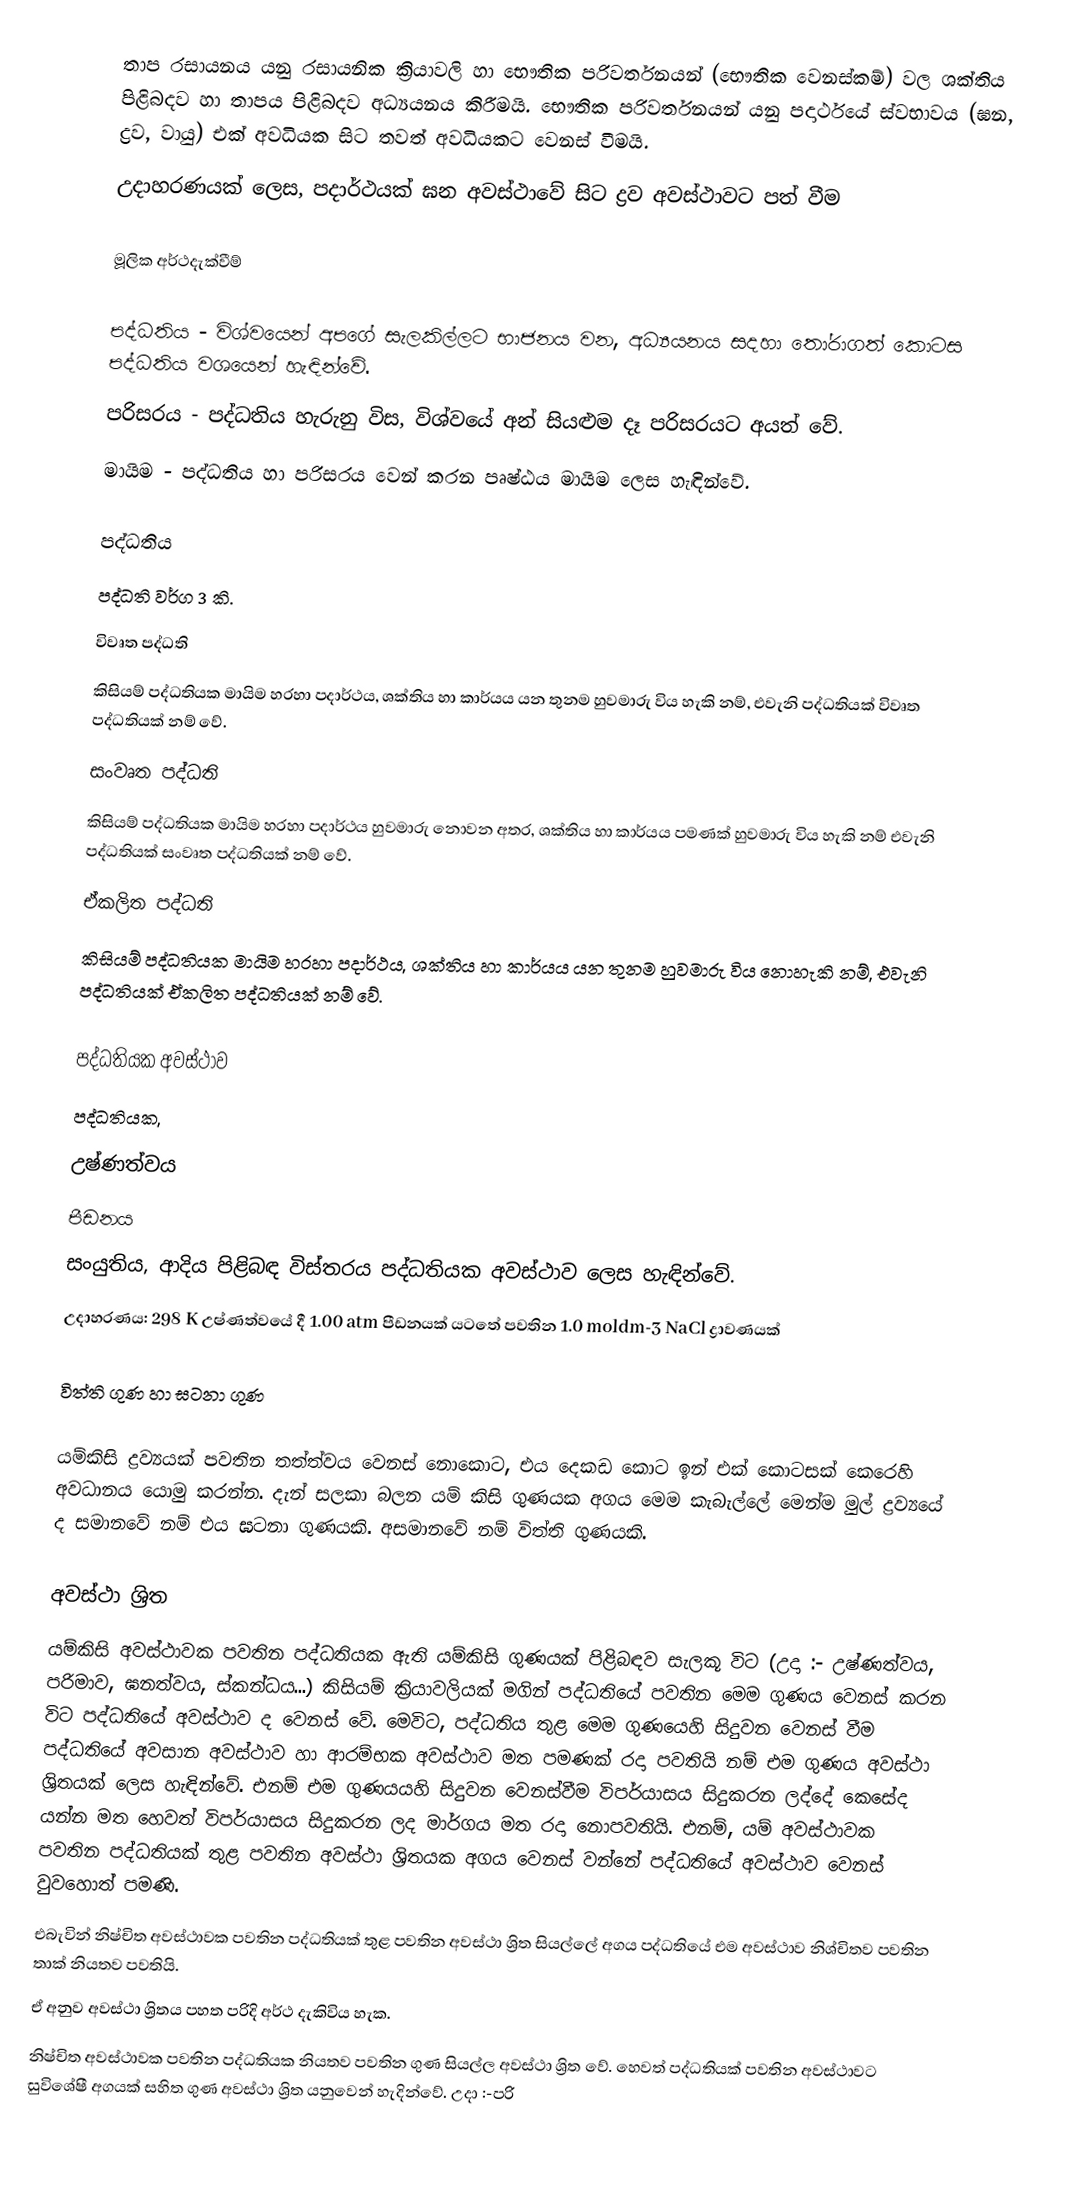
තාප රසායනය යනු රසායනික ක්‍රියාවලි හා  භෞතික පරිවර්තනයන් (භෞතික වෙනස්කම්) වල ශක්තිය පිළිබදව හා තාපය පිළිබදව අධ්‍යයනය කිරීමයි. භෞතික පරිවර්තනයන් යනු පදාර්ථයේ ස්වභාවය (ඝන, ද්‍රව, වායු) එක් අවධියක සිට තවත් අවධියකට වෙනස් වීමයි.
උදාහරණයක් ලෙස, පදාර්ථයක් ඝන අවස්ථාවේ සිට ද්‍රව අවස්ථාවට පත් වීම

මූලික අර්ථදැක්වීම්

පද්ධතිය - විශ්වයෙන් අපගේ සැලකිල්ලට භාජනය වන, අධ්‍යයනය සදහා තෝරාගත් කොටස පද්ධතිය වශයෙන් හැඳින්වේ.
පරිසරය - පද්ධතිය හැරුනු විස, විශ්වයේ අන් සියළුම දෑ පරිසරයට අයත් වේ.
මායිම - පද්ධතිය හා පරිසරය වෙන් කරන පෘෂ්ඨය මායිම ලෙස හැඳින්වේ.

පද්ධතිය
පද්ධති වර්ග 3 කි.
 විවෘත පද්ධති
කිසියම් පද්ධතියක මායිම හරහා පදාර්ථය, ශක්තිය හා කාර්යය යන තුනම හුවමාරු විය හැකි නම්, එවැනි පද්ධතියක් විවෘත පද්ධතියක් නම් වේ.
සංවෘත පද්ධති
කිසියම් පද්ධතියක මායිම හරහා පදාර්ථය හුවමාරු නොවන අතර, ශක්තිය හා කාර්යය පමණක් හුවමාරු විය හැකි නම් එවැනි පද්ධතියක් සංවෘත පද්ධතියක් නම් වේ.
ඒකලිත පද්ධති
කිසියම් පද්ධතියක මායිම හරහා පදාර්ථය, ශක්තිය හා කාර්යය යන තුනම හුවමාරු විය නොහැකි නම්, එවැනි පද්ධතියක් ඒකලිත පද්ධතියක් නම් වේ.

පද්ධතියක අවස්ථාව
පද්ධතියක,
 උෂ්ණත්වය
 පීඩනය
 සංයුතිය, ආදිය පිළිබඳ විස්තරය පද්ධතියක අවස්ථාව ලෙස හැඳින්වේ.
උදාහරණය: 298 K උෂ්ණත්වයේ දී 1.00 atm පීඩනයක් යටතේ පවතින 1.0 moldm-3 NaCl ද්‍රාවණයක්

විත්ති ගුණ හා ඝටනා ගුණ

යම්කිසි ද්‍රව්‍යයක් පවතින තත්ත්වය වෙනස් නොකොට, එය දෙකඩ කොට ඉන් එක් කොටසක් කෙරෙහි අවධානය යොමු කරන්න. දැන් සලකා බලන යම් කිසි ගුණයක අගය මෙම කැබැල්ලේ මෙන්ම මුල් ද්‍රව්‍යයේ ද සමානවේ නම් එය ඝටනා ගුණයකි. අසමානවේ නම් විත්ති ගුණයකි.

අවස්ථා ශ්‍රිත
යම්කිසි අවස්ථාවක පවතින පද්ධතියක ඇති යම්කිසි ගුණයක් පිළිබඳව සැලකූ විට (උදා :- උෂ්ණත්වය, පරිමාව, ඝනත්වය, ස්කන්ධය...) කිසියම් ක්‍රියාවලියක් මගින් පද්ධතියේ පවතින මෙම ගුණය වෙනස් කරන විට පද්ධතියේ අවස්ථාව ද වෙනස් වේ. මෙවිට, පද්ධතිය තුළ මෙම ගුණයෙහි සිදුවන වෙනස් වීම පද්ධතියේ අවසාන අවස්ථාව හා ආරම්භක අවස්ථාව මත පමණක් රදා පවතියි නම් එම ගුණය අවස්ථා ශ්‍රිතයක් ලෙස හැඳින්වේ. එනම් එම ගුණයයහි සිදුවන වෙනස්වීම විපර්යාසය සිදුකරන ලද්දේ කෙසේද යන්න මත හෙවත් විපර්යාසය සිදුකරන ලද මාර්ගය මත රදා නොපවතියි. එනම්, යම් අවස්ථාවක පවතින පද්ධතියක් තුළ පවතින අවස්ථා ශ්‍රිතයක අගය වෙනස් වන්නේ පද්ධතියේ අවස්ථාව වෙනස් වුවහොත් පමණි.
එබැවින් නිෂ්චිත අවස්ථාවක පවතින පද්ධතියක් තුළ පවතින අවස්ථා ශ්‍රිත සියල්ලේ අගය පද්ධතියේ එම අවස්ථාව නිශ්චිතව පවතින තාක් නියතව පවතියි.
ඒ අනුව අවස්ථා ශ්‍රිතය පහත පරිදි අර්ථ දැකිවිය හැක.
නිෂ්චිත අවස්ථාවක පවතින පද්ධතියක නියතව පවතින ගුණ සියල්ල අවස්ථා ශ්‍රිත වේ. හෙවත් පද්ධතියක් පවතින අවස්ථාවට සුවිශේෂී අගයක් සහිත ගුණ අවස්ථා ශ්‍රිත යනුවෙන් හැදින්වේ.  උදා :-පරි